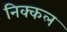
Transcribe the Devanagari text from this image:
निक्कल